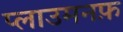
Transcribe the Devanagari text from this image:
प्लाउमनफ़